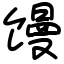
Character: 馒